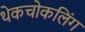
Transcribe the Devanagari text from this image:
थेकचोकलिंग